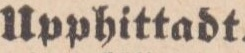
Upphittadt.